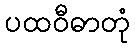
ပထဝီဓာတုံ